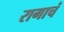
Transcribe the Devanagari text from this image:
रागाचं